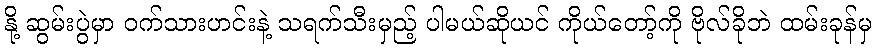
နို့ ဆွမ်းပွဲမှာ ဝက်သားဟင်းနဲ့ သရက်သီးမှည့် ပါမယ်ဆိုယင် ကိုယ်တော့်ကို ဗိုလ်ခိုဘဲ ထမ်းခုန်မှ